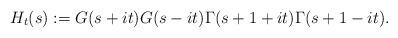
LaTeX: \begin{align*} H_t(s) := G(s+it)G(s-it)\Gamma(s+1+it)\Gamma(s+1-it).\end{align*}